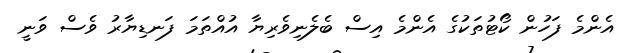
އެންމެ ފަހުން ކޯޓުތަކުގެ އެންމެ އިސް ބެލެނިވެރިޔާ އުއްތަމަ ފަނޑިޔާރު ވެސް ވަނީ